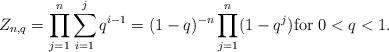
LaTeX: \begin{align*}Z_{n,q} = \prod_{j=1}^n \sum_{i = 1}^j q^{i-1} = (1-q)^{-n} \prod_{j = 1 }^n ( 1 - q^j) \mbox{for}~0 < q <1.\end{align*}